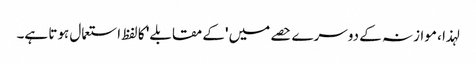
لہذا ، موازنہ کے دوسرے حصے میں 'کے مقابلے' کا لفظ استعمال ہوتا ہے۔